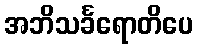
အဘိသင်္ခရောတိပေ